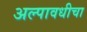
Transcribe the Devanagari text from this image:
अल्पावधीचा